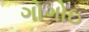
ગોગોઇ